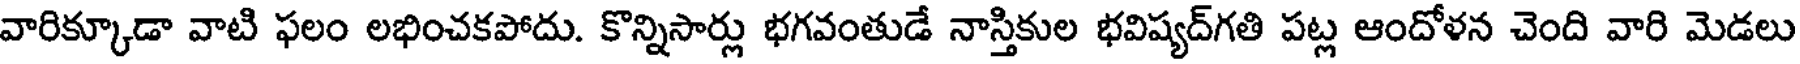
వారిక్కూడా వాటి ఫలం లభించకపోదు. కొన్నిసార్లు భగవంతుడే నాస్తికుల భవిష్యద్గతి పట్ల ఆందోళన చెంది వారి మెడలు